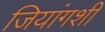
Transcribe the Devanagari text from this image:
जियांगशी